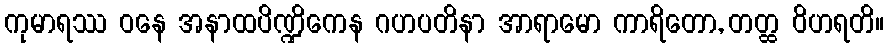
ကုမာရဿ ဝနေ အနာထပိဏ္ဍိကေန ဂဟပတိနာ အာရာမော ကာရိတော, တတ္ထ ဝိဟရတိ။